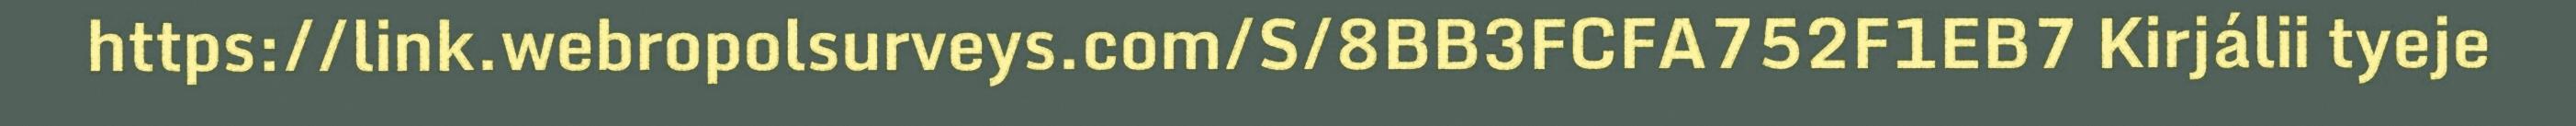
https://link.webropolsurveys.com/S/8BB3FCFA752F1EB7 Kirjálii tyeje